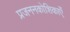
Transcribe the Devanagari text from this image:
प्रजननकोशिकाएँ